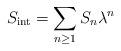
LaTeX: \begin{align*}S_{\mathrm{int}}=\sum_{n\ge 1}S_n\lambda^n\end{align*}